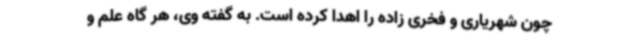
چون شهریاری و فخری زاده را اهدا کرده است. به گفته وی، هر گاه علم و